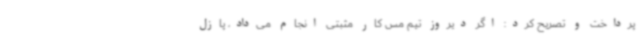
پرداخت و تصریح کرد: اگر دیروز تیم مس کار مثبتی انجام می‌داد، پازل